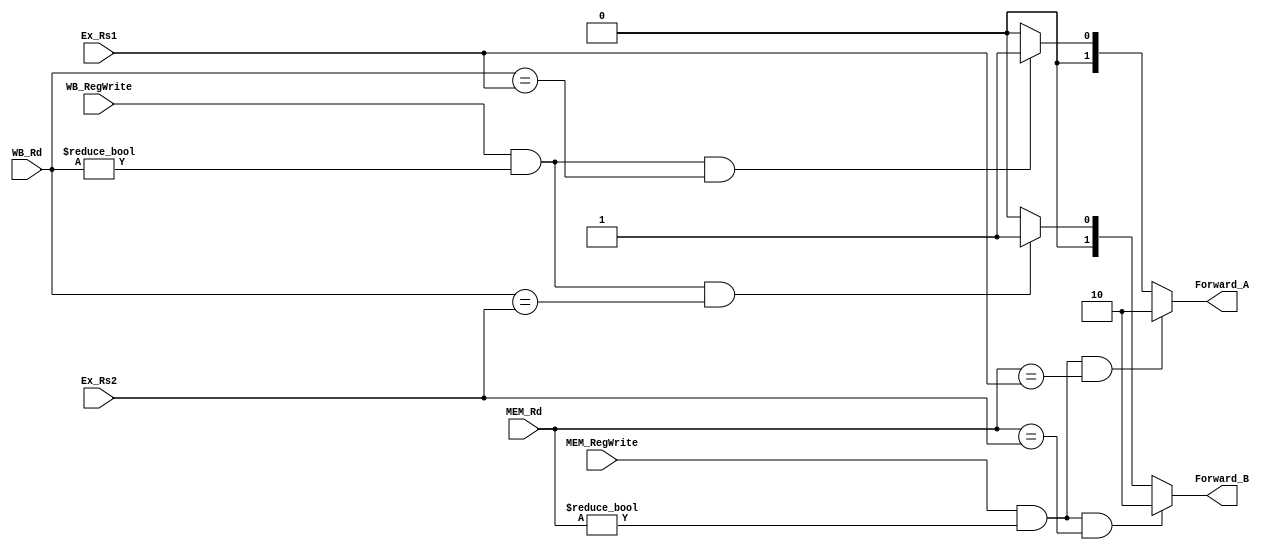
module Forwarding_Unit(
    MEM_RegWrite,
    MEM_Rd,
    Ex_Rs1,
    Ex_Rs2,
    WB_RegWrite,
    WB_Rd,
    Forward_A,
    Forward_B,
);

input MEM_RegWrite;
input [4:0] MEM_Rd;
input [4:0] Ex_Rs1;
input [4:0] Ex_Rs2;
input WB_RegWrite;
input [4:0] WB_Rd;

output [1:0] Forward_A;
output [1:0] Forward_B;

reg [1:0] Forward_A;
reg [1:0] Forward_B;

initial
begin
    Forward_A <= 2'b00;
    Forward_B <= 2'b00;
end

always @(*)
begin
    if (MEM_RegWrite && (MEM_Rd != 0) && (MEM_Rd == Ex_Rs1))
        Forward_A <= 2'b10;
    else if (WB_RegWrite && (WB_Rd != 0) && (WB_Rd == Ex_Rs1))
        Forward_A <= 2'b01;
    else
        Forward_A <= 2'b00;
    
    if (MEM_RegWrite && (MEM_Rd != 0) && (MEM_Rd == Ex_Rs2))
        Forward_B <= 2'b10;
    else if (WB_RegWrite && (WB_Rd != 0) && (WB_Rd == Ex_Rs2))
        Forward_B <= 2'b01;
    else
        Forward_B <= 2'b00;
end

endmodule